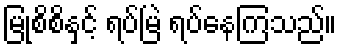
မြုံစိစိနှင့် ရပ်မြဲ ရပ်နေကြသည်။